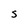
Character: S